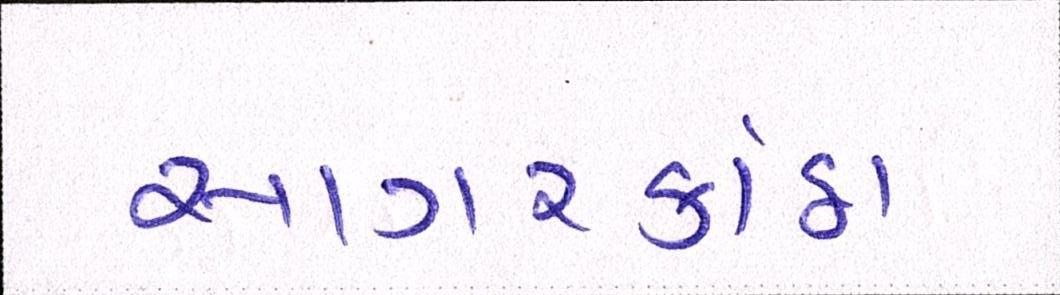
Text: સાગરકાંઠા